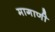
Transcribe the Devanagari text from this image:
मागाणी